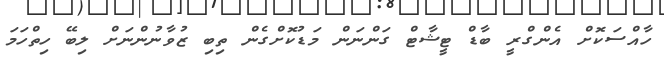
ހާއްސަކޮށް އެންގްރީ ބާޑް ޓީޝާޓް ގަންނަން މަޑުކޮށްގެން ތިބި ޒުވާނުންނަށް ލިބޭ ހިތްހަމަ